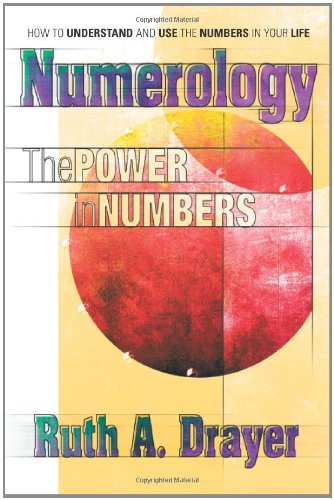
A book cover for Numerology: The Power of Numbers; Ruth A. Drayer; Literature & Fiction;